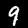
Digit: 9